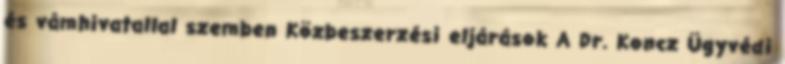
és vámhivatallal szemben Közbeszerzési eljárások A Dr. Koncz Ügyvédi